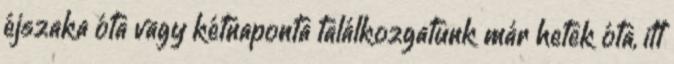
éjszaka óta vagy kétnaponta találkozgatunk már hetek óta, itt